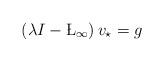
LaTeX: \begin{align*} \left(\lambda I-\L_{\infty}\right)v_{\star} = g \end{align*}